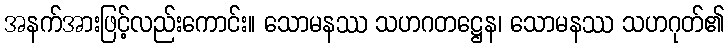
အနက်အားဖြင့်လည်းကောင်း။ သောမနဿ သဟဂတဋ္ဌေန၊ သောမနဿ သဟဂုတ်၏